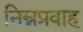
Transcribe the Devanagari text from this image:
निम्नप्रवाह